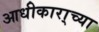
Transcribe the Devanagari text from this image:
आधीकारा्च्या